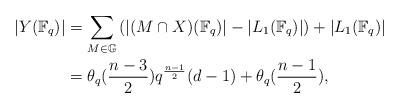
LaTeX: \begin{align*}|Y(\mathbb{F}_q)| &= \sum_{M \in \mathbb{G}} \left( |(M \cap X)(\mathbb{F}_q)|-|L_1(\mathbb{F}_q)| \right) +|L_1(\mathbb{F}_q)| \\ &=\theta_q(\frac{n-3}{2})q^{\frac{n-1}{2}} (d-1) + \theta_q(\frac{n-1}{2}),\end{align*}